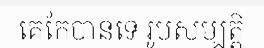
គេកែបានទេ រូបសម្បត្តិ